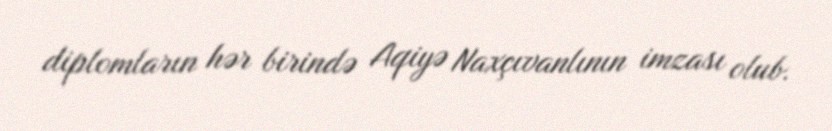
diplomların hər birində Aqiyə Naxçıvanlının imzası olub.